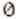
0